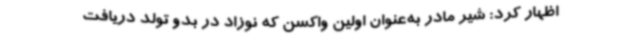
اظهار کرد: شیر مادر به‌عنوان اولین واکسن که نوزاد در بدو تولد دریافت